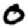
Digit: 0